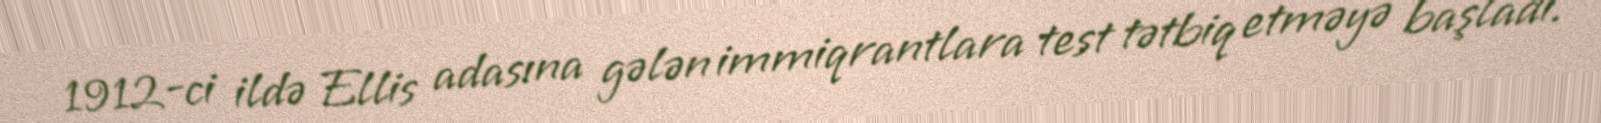
1912-ci ildə Ellis adasına gələn immiqrantlara test tətbiq etməyə başladı.